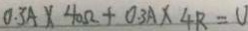
0 . 3 A \times 4 0 \Omega + 0 . 3 A \times 4 R = U